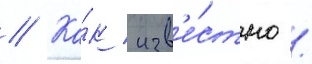
// Ка́к изв'е́стно /